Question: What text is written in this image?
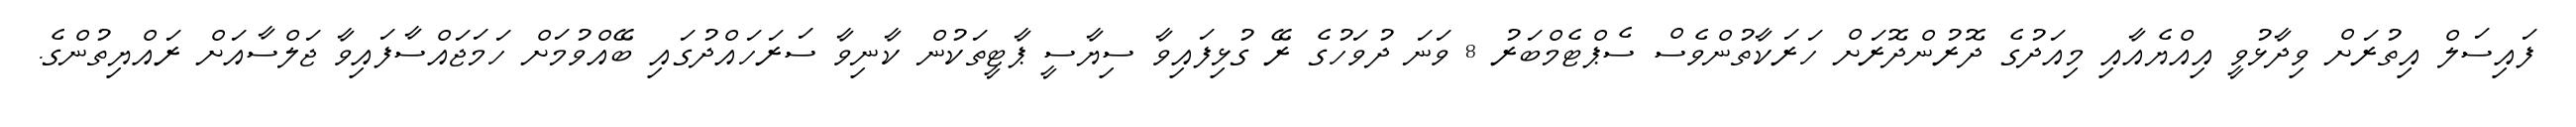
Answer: ފައިސަލް އިތުރަށް ވިދާޅުވީ އިއްޔެއާއި މިއަދުގެ ދޮރުންދޮރަށް ހަރަކާތުންވެސް ސެޕްޓެމްބަރު 8 ވަނަ ދުވަހުގެ ރޭ ގުޅިފައިވާ ސިޔާސީ ޕާޓީތަކުން ކާނިވާ ސަރަހައްދުގައި ބޭއްވުމަށް ހަމަޖައްސާފައިވާ ޖަލްސާއަށް ރައްޔިތުންގެ.